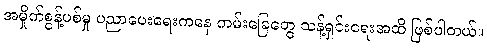
အမှိုက်စွန့်ပစ်မှု ပညာပေးရေးကနေ ကမ်းခြေတွေ သန့်ရှင်းရေးအထိ ဖြစ်ပါတယ်။